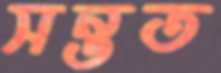
সন্তত